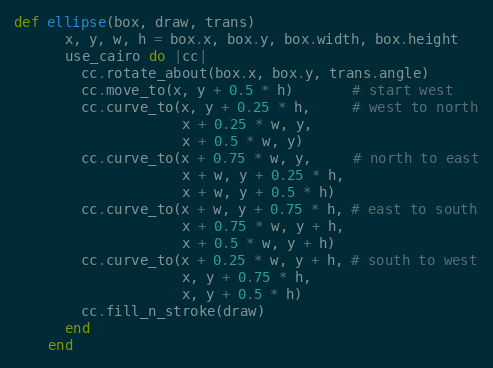
Language: Ruby
def ellipse(box, draw, trans)
      x, y, w, h = box.x, box.y, box.width, box.height
      use_cairo do |cc|
        cc.rotate_about(box.x, box.y, trans.angle)
        cc.move_to(x, y + 0.5 * h)       # start west
        cc.curve_to(x, y + 0.25 * h,     # west to north
                    x + 0.25 * w, y,
                    x + 0.5 * w, y)
        cc.curve_to(x + 0.75 * w, y,     # north to east
                    x + w, y + 0.25 * h,
                    x + w, y + 0.5 * h)
        cc.curve_to(x + w, y + 0.75 * h, # east to south
                    x + 0.75 * w, y + h,
                    x + 0.5 * w, y + h)
        cc.curve_to(x + 0.25 * w, y + h, # south to west
                    x, y + 0.75 * h,
                    x, y + 0.5 * h)
        cc.fill_n_stroke(draw)
      end
    end